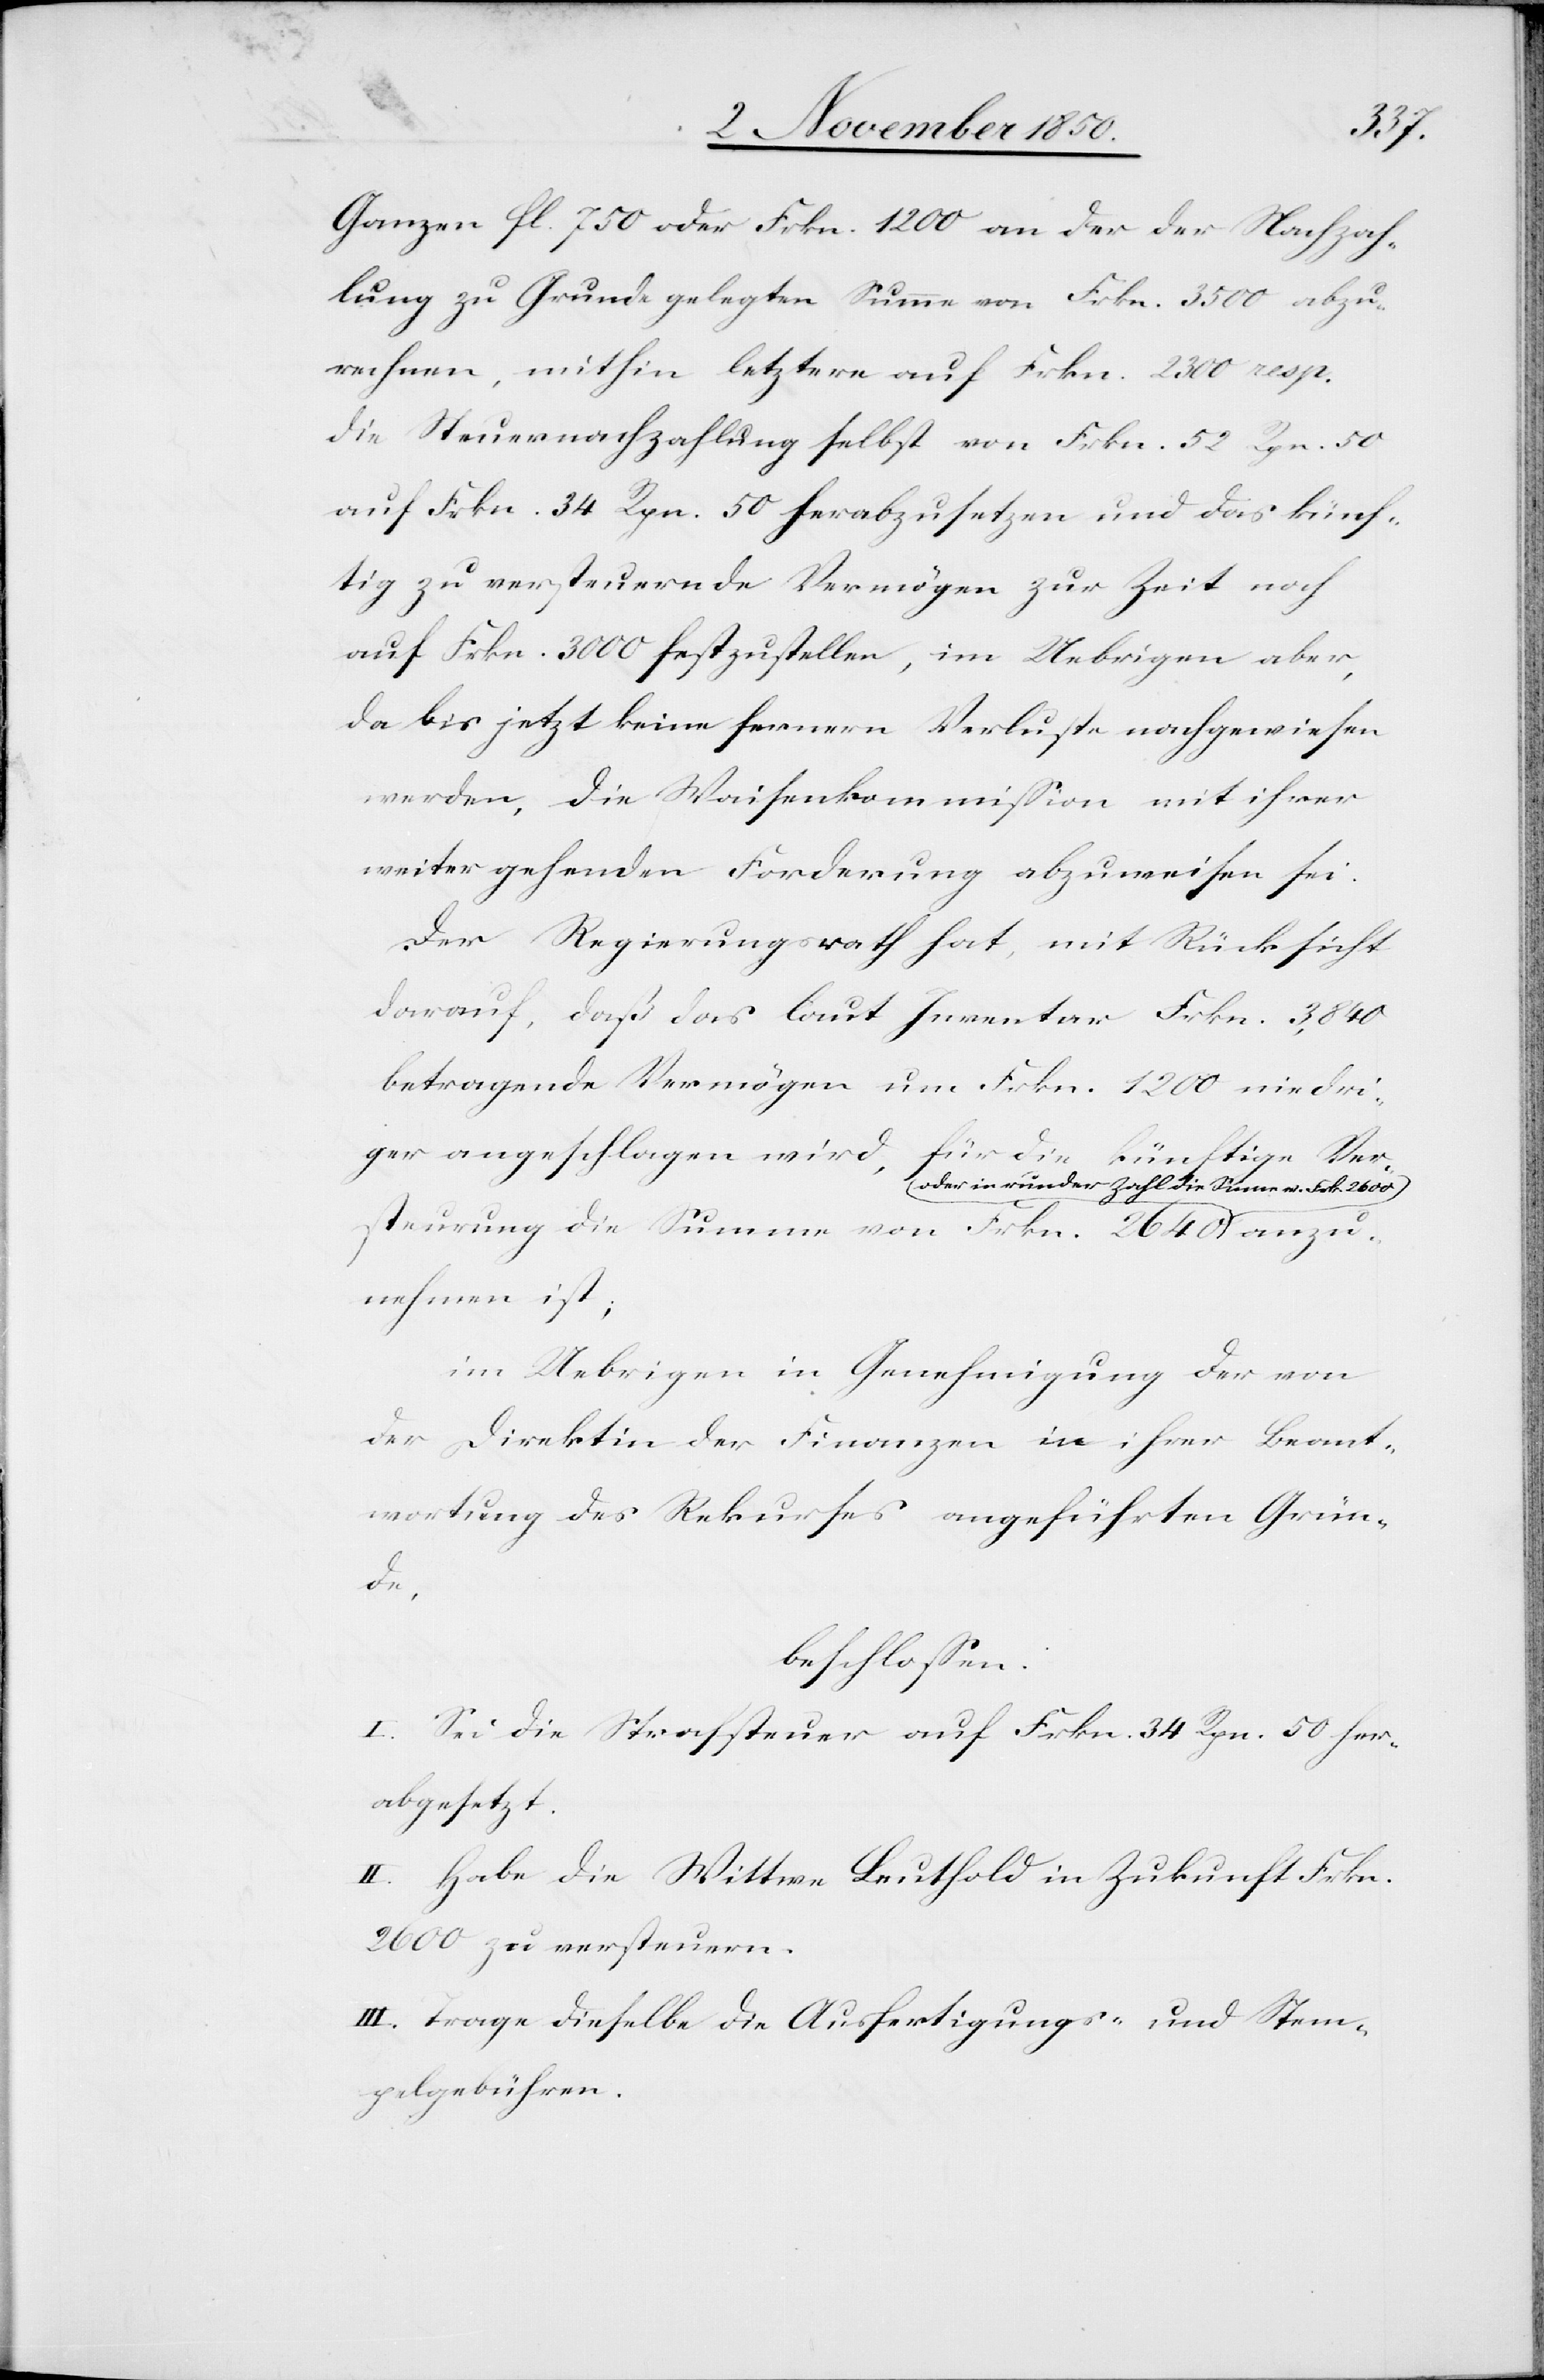
Ganzen fl. 750 oder Frkn. 1200 an der der Nachzah¬
lung zu Grunde gelegten Summe von Frkn. 3500 abzu¬
rechnen, mithin letztere auf Frkn. 2300 resp.
die Steuernachzahlung selbst von Frkn. 52 Rpn. 50
auf Frkn. 34 Rpn. 50 herabzusetzen und das künf¬
tig zu versteuernde Vermögen zur Zeit noch
auf Frkn. 3000 festzustellen, im Uebrigen aber,
da bis jetzt keine fernern Verluste nachgewiesen
werden, die Waisenkommission mit ihrer
weitergehenden Forderung abzuweisen sei.
Der Regierungsrath hat, mit Rücksicht
darauf, daß das laut Inventar Frkn. 3,840
betragende Vermögen um Frkn. 1200 niedri¬
ger angeschlagen wird, für die künftige Ver¬
oder in runder Zahl die Summe v. Frk. 2600
steuerung die Summe von Frkn. 2640
nehmen ist;
im Uebrigen in Genehmigung der von
der Direktion der Finanzen in ihrer Beant¬
wortung des Rekurses angeführten Grün¬
de,
beschlossen:
I. Sei die Strafsteuer auf Frkn. 34 Rpn. 50 her¬
abgesetzt.
II. Habe die Wittwe Leuthold in Zukunft Frkn.
2600 zu versteuern.
III. Trage dieselbe die Ausfertigungs- und stem¬
pelgebühren.